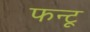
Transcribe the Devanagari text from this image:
फन्टू